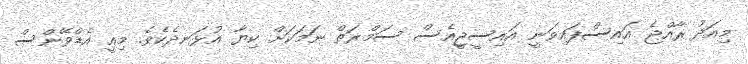
މިއަދު ރާއްޖެ އައިސްފައިވަނީ އައިސީޖީއެސް ސަމްރަތް ނަމަކަށް ކިޔާ އުޅަނދެކެވެ. މިއީ އެޑްވޭންސް